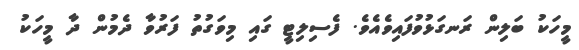
މީހަކު ބަލިން ރަނގަޅުވުފައިވެއެވެ. ފެސިލިޓީ ގައި މިވަގުތު ފަރުވާ ދެމުން ދާ މީހަކު